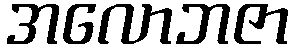
အလောဘဇာ